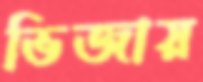
ভিজায়